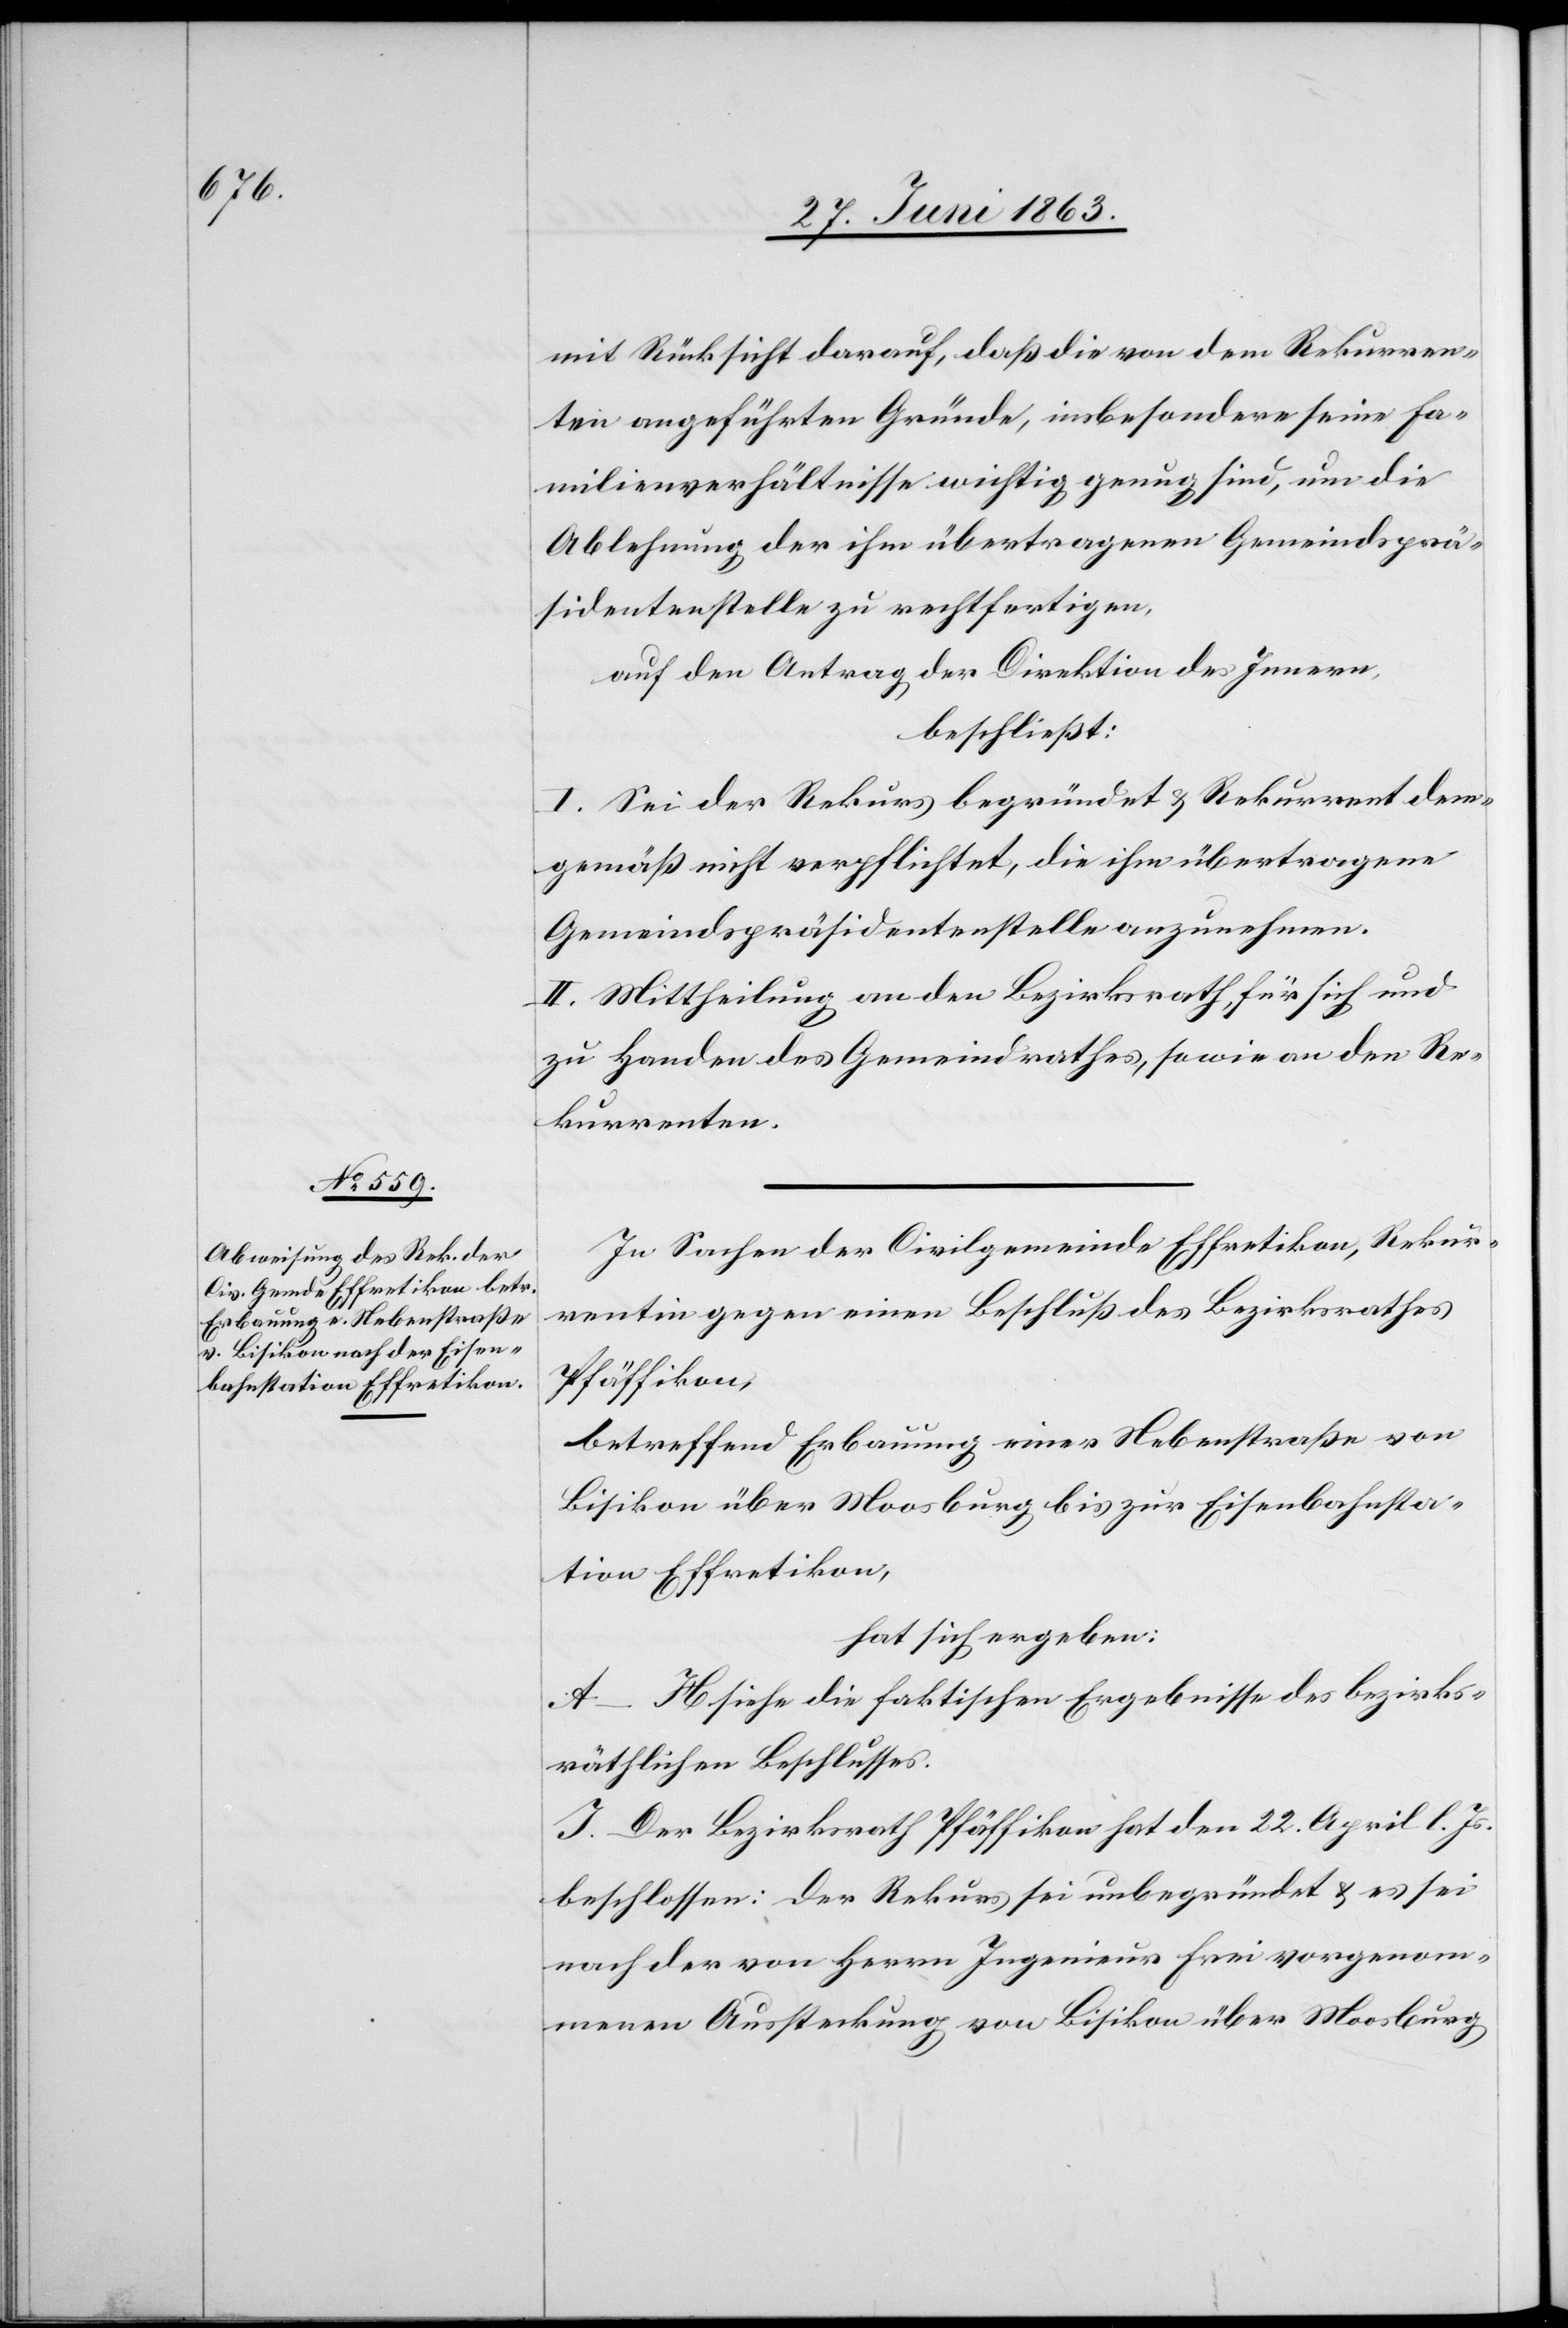
mit Rücksicht darauf, daß die von dem Rekurren¬
ten angeführten Gründe, insbesondere seine Fa¬
milienverhältnisse wichtig genug sind, um die
Ablehnung der ihm übertragenen Gemeindsprä¬
sidentenstelle zu rechtfertigen,
auf den Antrag der Direktion des Innern,
beschließt:
I. Sei der Rekurs begründet & Rekurrent dem¬
gemäß nicht verpflichtet, die ihm übertragene
Gemeindspräsidentenstelle anzunehmen.
II. Mittheilung an den Bezirksrath, für sich und
zu Handen des Gemeindrathes, sowie an den Re¬
kurrenten.
In Sachen der Civilgemeinde Effretikon, Rekur¬
rentin gegen einen Beschluß des Bezirksrathes
Pfäffikon,
betreffend Erbauung einer Nebenstraße von
Bisikon über Moosburg bis zur Eisenbahnsta¬
tion Effretikon,
hat sich ergeben:
A–H siehe die faktischen Ergebnisse des bezirks¬
räthlichen Beschlusses.
I. Der Bezirksrath Pfäffikon hat den 22. April l. Js.
beschlossen: Der Rekurs sei unbegründet & es sei
nach der von Herrn Ingenieur Frei vorgenom¬
menen Aussteckung von Bisikon über Moosburg